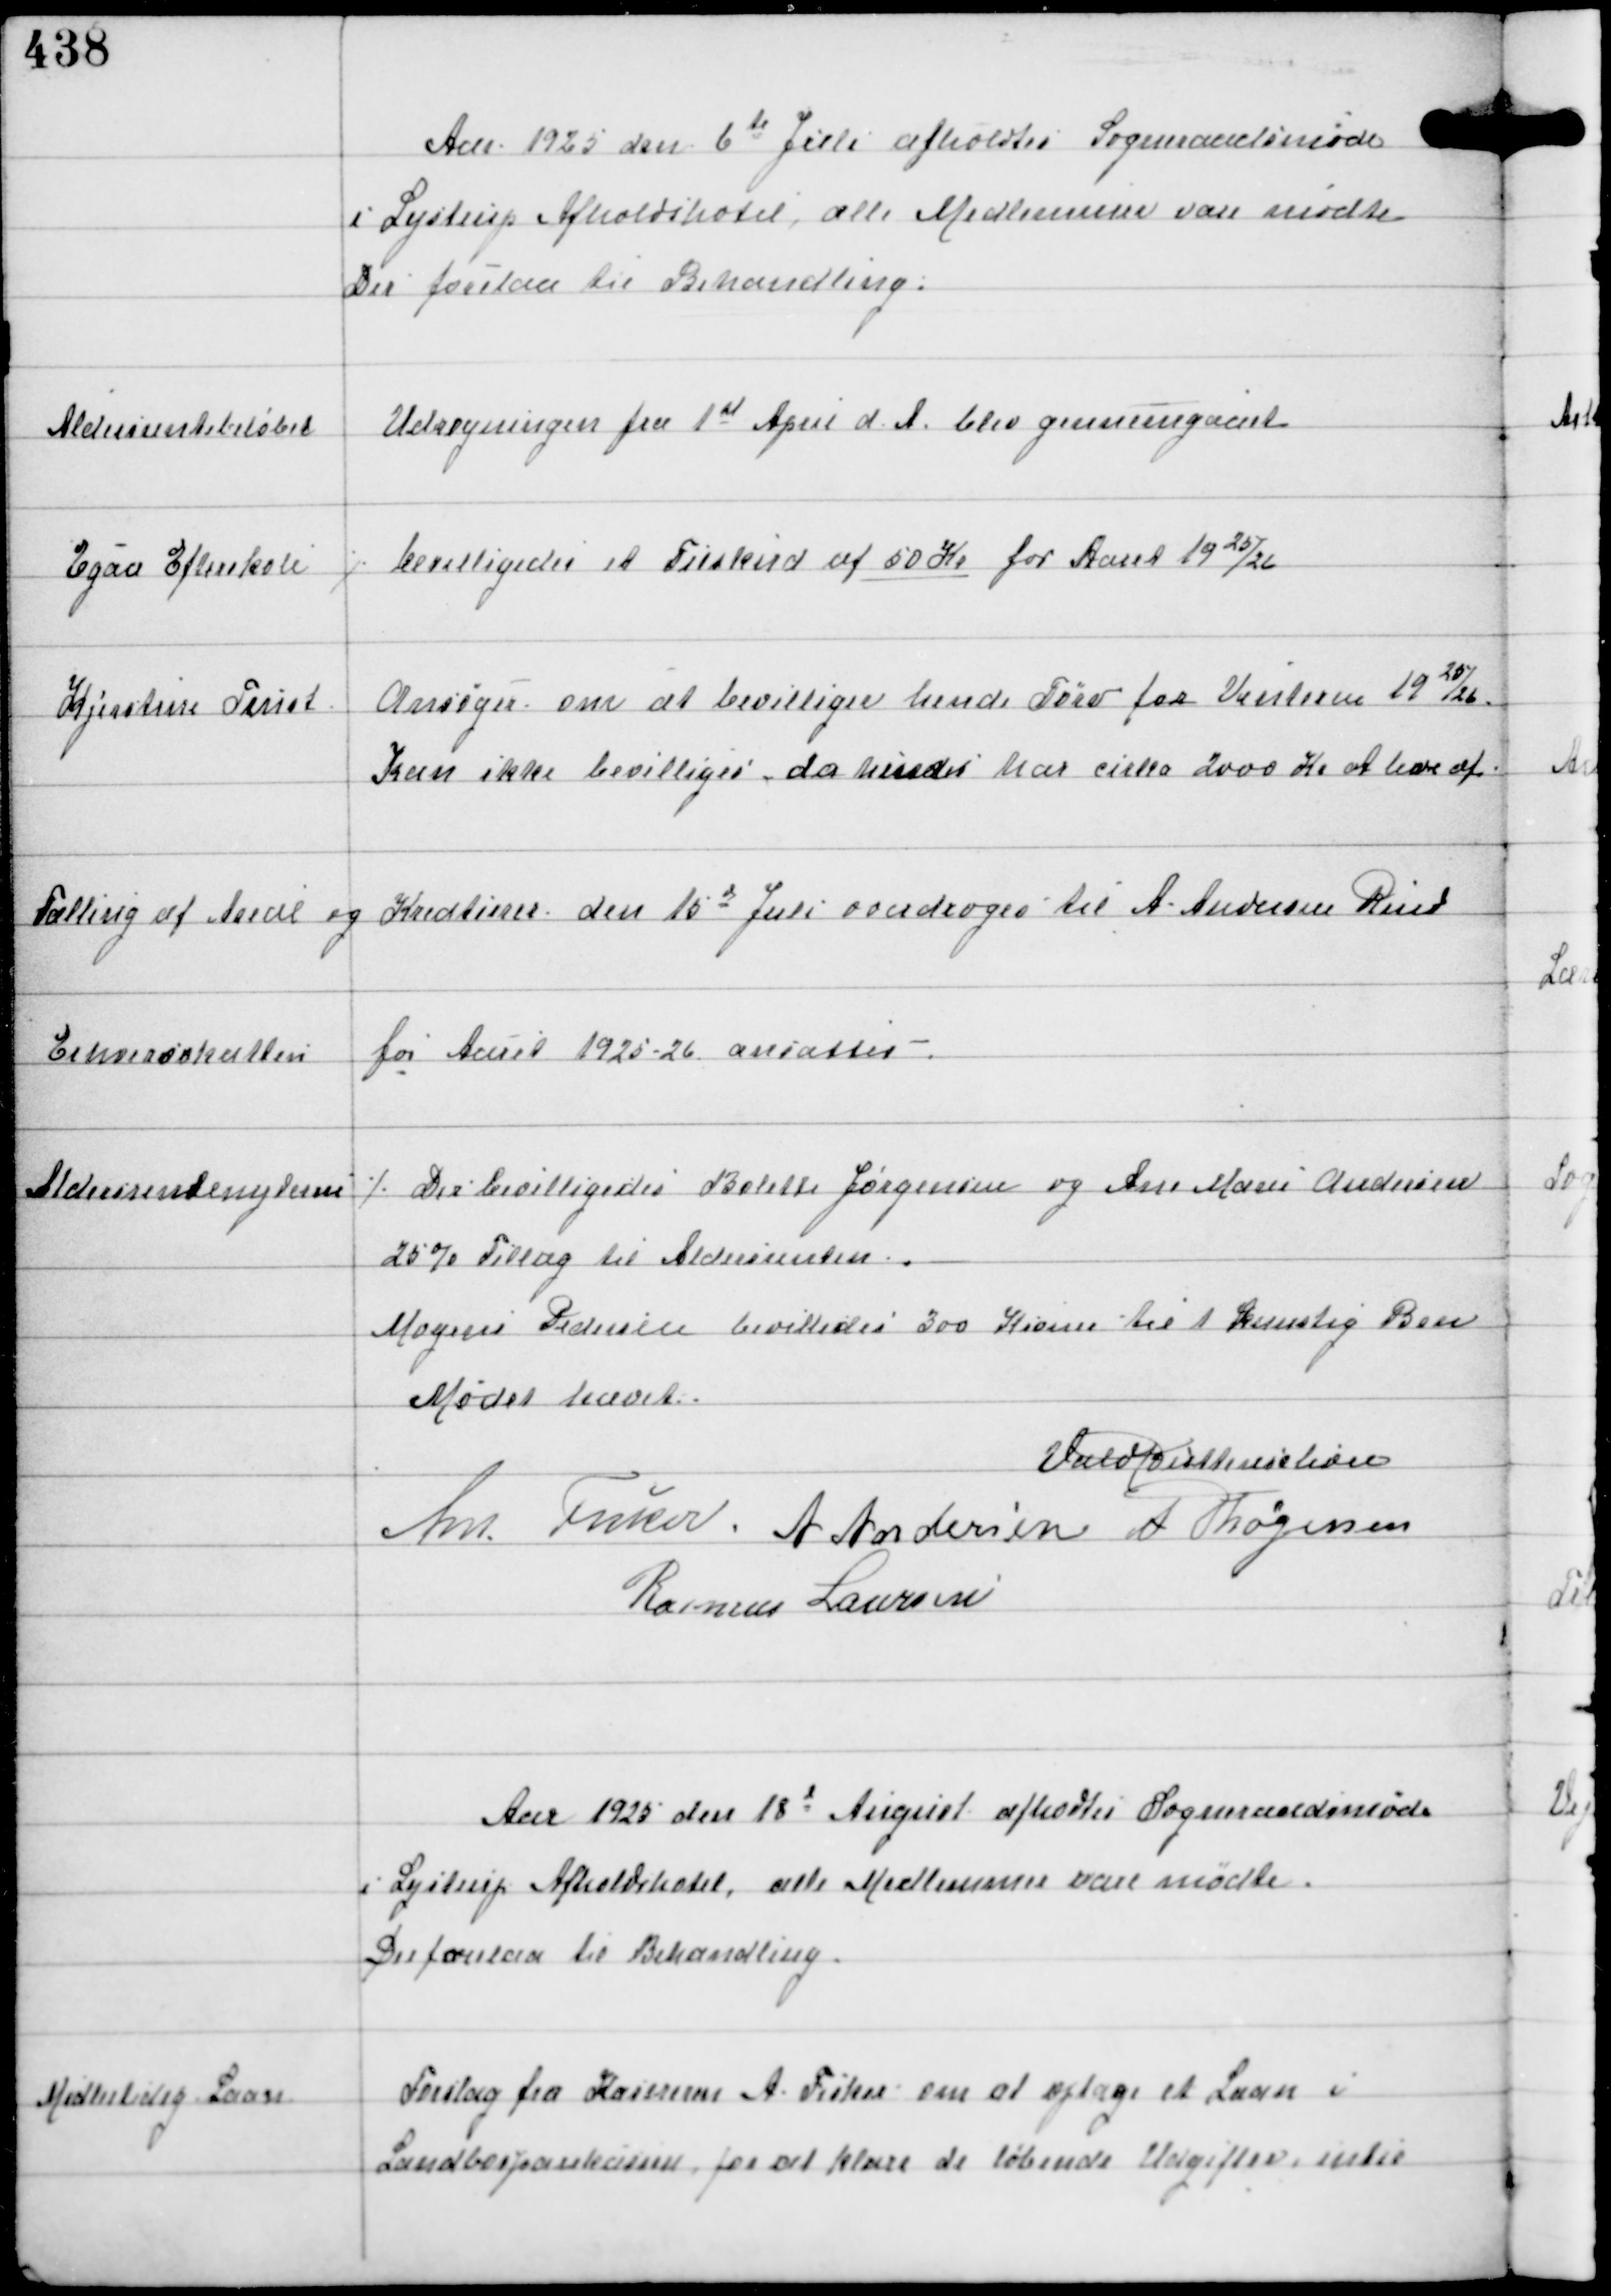
Transskription:
Aar 1925 den 6te Juli afholdtes Sogneraadsmøde
i Lystrup Afholdshotel, alle Medlemmer vare mødte
Der forelaa til Behandling.

Aldersrentebeløbet

Udregningen fra 1st April d.A. blev gennemgaaet

Egaa Efterskole

⁒ bevilligedes et Tilskud af 50 Kr for Aaret 1925/26

Kjerstine Trust

Ansøger om at bevillige hende Tørv for Vinteren 1925/26.
Kan ikke bevilliges, da mindst har cirka 2000 Kr at leve af

Tælling af Areal og Kreaturer den 10d Juli
overdroges til A Andersen Rind

Erhvervsskatten
for Aaret 1925-26 ansattes.

Aldersrentenyderne

⁒ Der bevilligedes Bolette Jørgensen og Ane Marie Andersen
25% Tillæg til Aldersrenten.
Mogens Pedersen bevilledes 300 Kroner til et Kunstig Ben

Mødet hævet
Vald Buttenschøn
Ant Fisker A Andersen A Thøgersen
Rasmus Laursen

Aar 1925 den 18d August afholdtes Sogneraadsmøde
i Lystrup Afholdshotel, alle Medlemmer vare mødte.
Der forelaa til Behandling.

Midlertidig Laan

Forslag fra Kassereren A Fisker om at optage Laan i
Landbosparekassen for at klare de løbende Udgifter intil